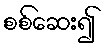
စစ်ဆေး၍